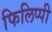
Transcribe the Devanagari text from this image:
फिलिप्पी